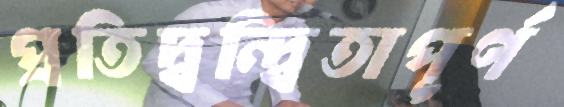
প্রতিদ্বন্দ্বিতাপূর্ণ